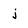
Character: j